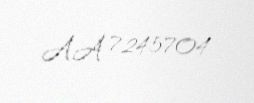
AA 7245704